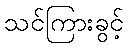
သင်ကြားခွင့်